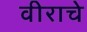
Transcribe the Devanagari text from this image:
वीराचे